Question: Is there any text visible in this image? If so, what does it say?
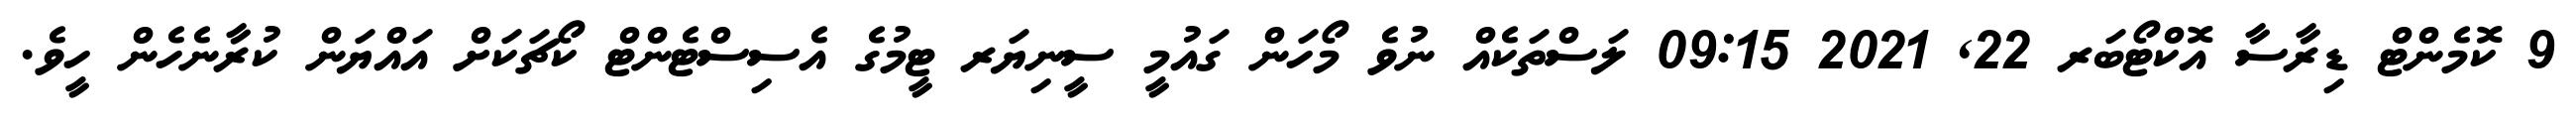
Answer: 9 ކޮމެންޓް ޑިރާސާ އޮކްޓޯބަރ 22, 2021 09:15 ލަސްތަކެއް ނުވެ މޯހަން ގައުމީ ސީނިޔަރ ޓީމުގެ އެސިސްޓެންޓް ކޯޗަކަށް އައްޔަން ކުރާނެހެން ހީވެ.